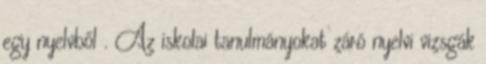
egy nyelvből . Az iskolai tanulmányokat záró nyelvi vizsgák